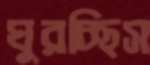
ঘুরচ্ছিস